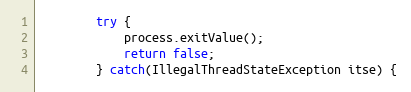
Language: Java
        try {
            process.exitValue();
            return false;
        } catch(IllegalThreadStateException itse) {